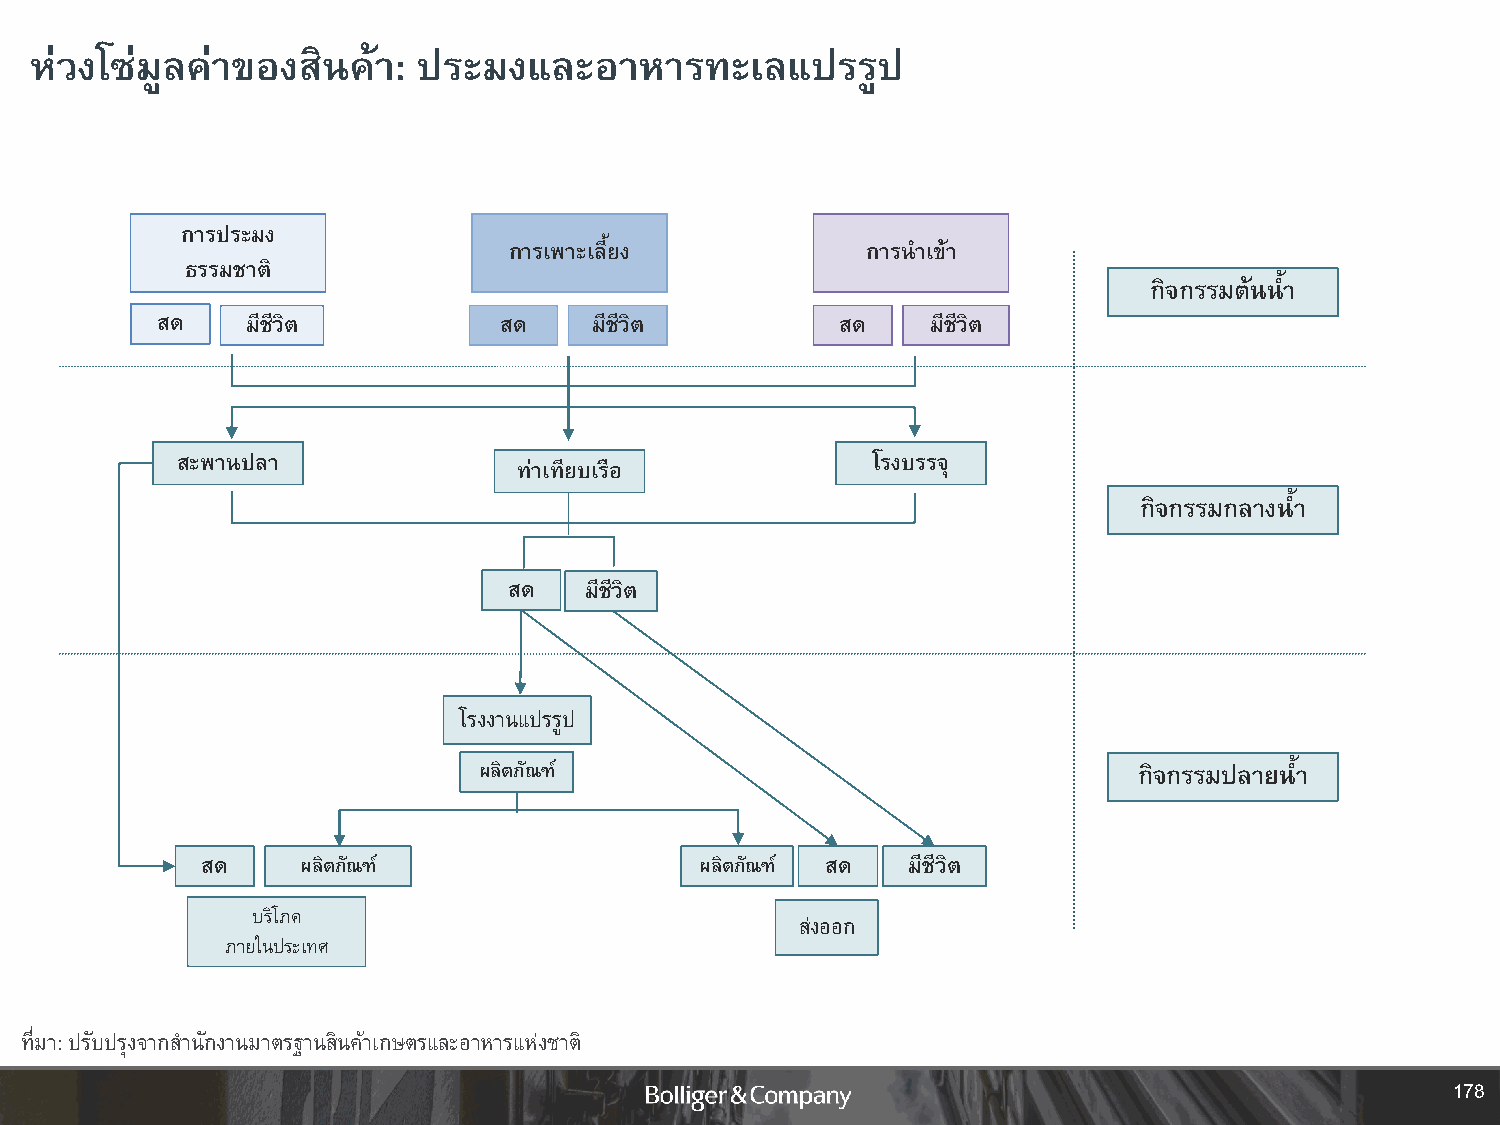
ห่วงโซ่มูลค่าของสินค้า:   ประมงและอาหารทะเลแปรรูป
 การประมง
 การเพาะเลี้ยง          การน าเข้า
 ธรรมชาติ
 กิจกรรมต้นน้ า
 สด    มีชีวิต          สด    มีชีวิต          สด    มีชีวิต
 สะพานปลา                                      โรงบรรจุ
 ท่าเทียบเรือ
 กิจกรรมกลางน้ า
 สด   มีชีวิต
 โรงงานแปรรูป
 ผลิตภัณฑ์                                  กิจกรรมปลายน้ า
 สด     ผลิตภัณฑ์                 ผลิตภัณฑ์ สด  มีชีวิต
 บริโภค
 ส่งออก
 ภายในประเทศ
 ที่มา: ปรับปรุงจากส านักงานมาตรฐานสินค้าเกษตรและอาหารแห่งชาติ
 178